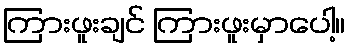
ကြားဖူးချင် ကြားဖူးမှာပေါ့။